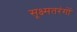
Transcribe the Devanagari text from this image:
सूक्ष्मतरंगों